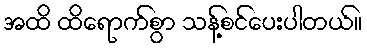
အထိ ထိရောက်စွာ သန့်စင်ပေးပါတယ်။